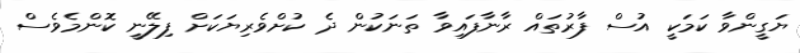
ޔަގީންވާ ކަމަކީ އުސް ފާރުތައް ރާނާފައިވާ ތަނަކުން ދެ ކުށްވެރިޔަކަށް ފިލޭނީ ކޮންމެވެސް